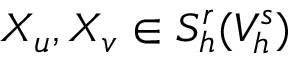
X _ { u } , X _ { v } \in S _ { h } ^ { r } ( V _ { h } ^ { s } )